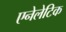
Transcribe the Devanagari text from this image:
एनेलेटिक